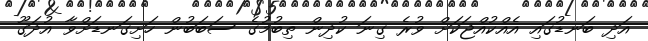
އަދި ބަނޑުގައި އެއްކުއްޖަކަށް ވުރެ ގިނަ ކުދިން ތިބުމުގެ ސަބަބުން ހަށިގަނޑަށްވާ އުދަގޫ